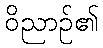
ဝိညာဉ်၏